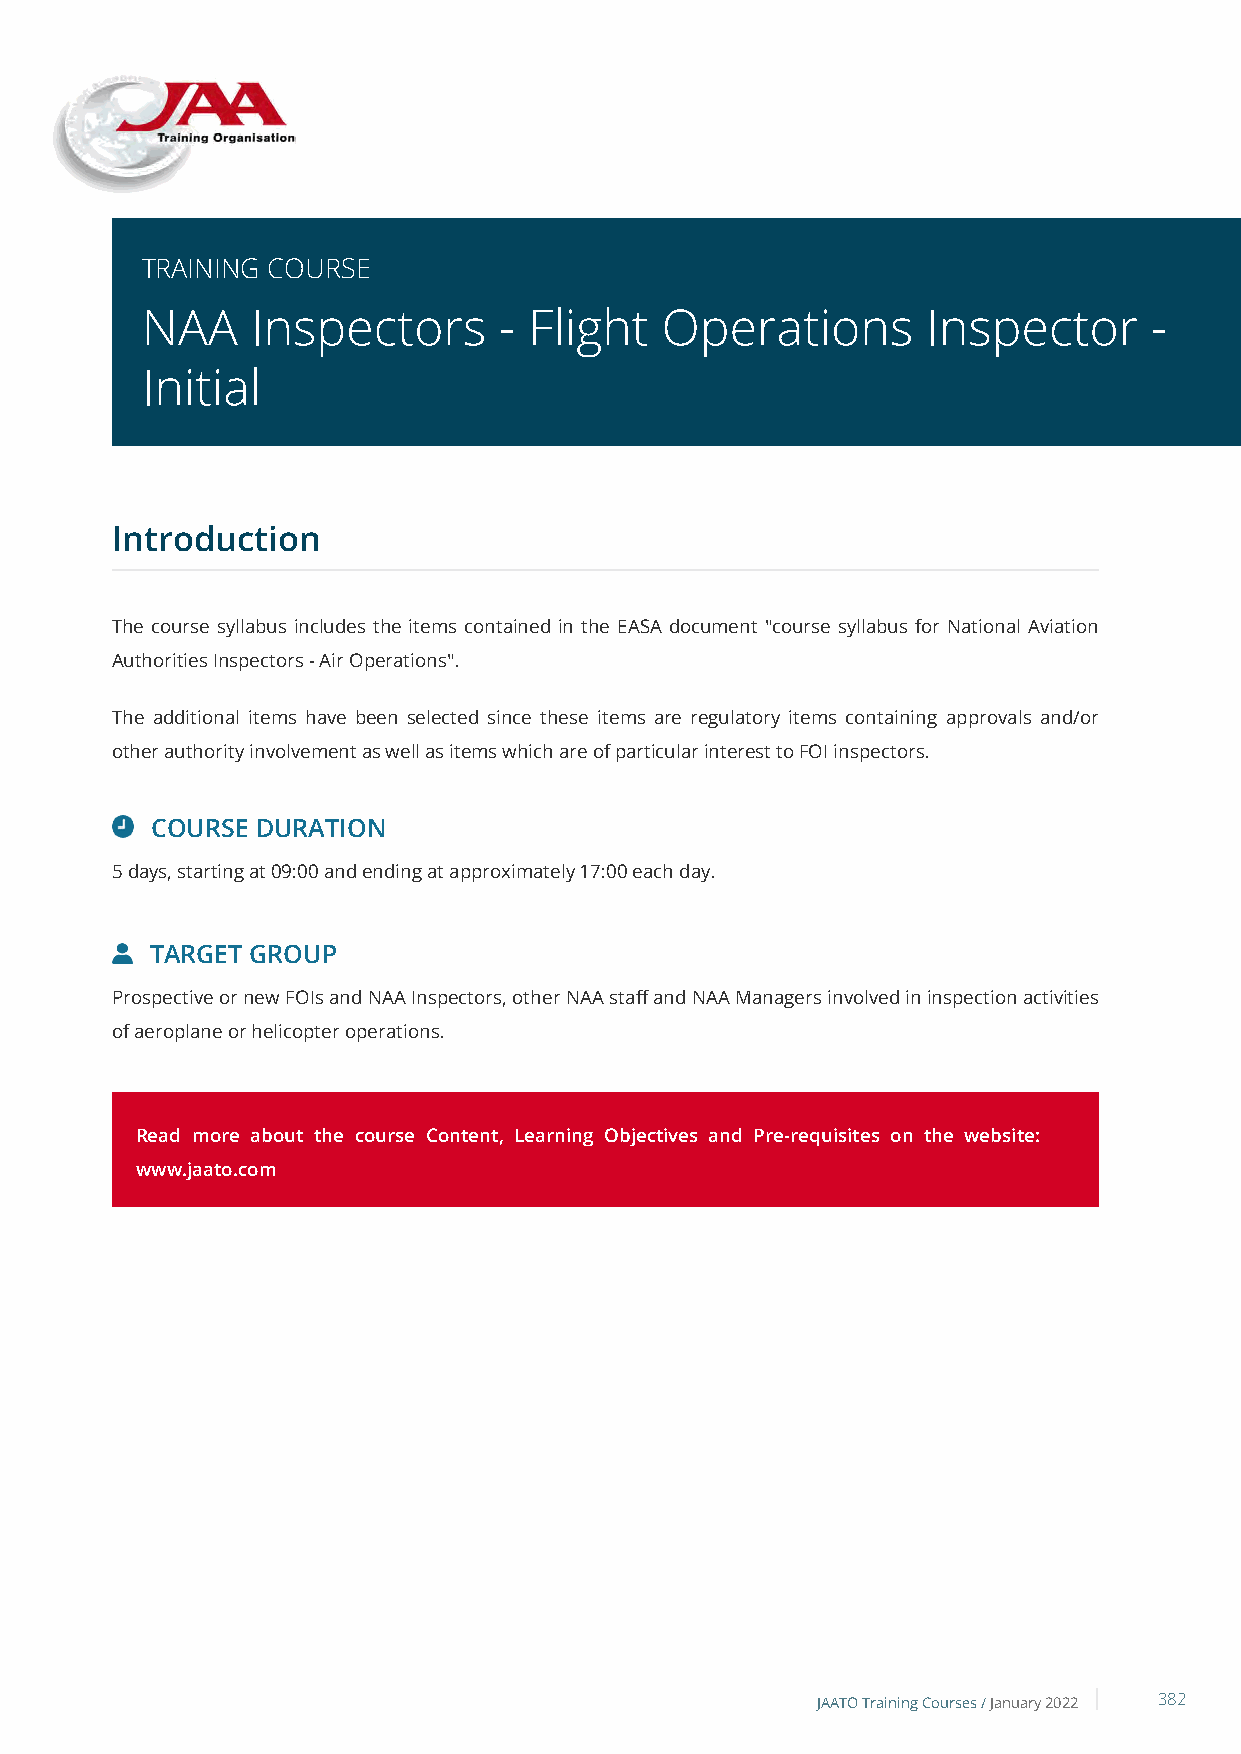
TRAINING COURSE
 NAA     Inspectors      - Flight   Operations       Inspector      -
 Initial
 Introduction
 The course syllabus includes the items contained in the EASA document "course syllabus for National Aviation
 Authorities Inspectors - Air Operations".
 The additional items have been selected since these items are regulatory items containing approvals and/or
 other authority involvement as well as items which are of particular interest to FOI inspectors.
 COURSE DURATION
 5 days, starting at 09:00 and ending at approximately 17:00 each day.
 TARGET GROUP
 Prospective or new FOIs and NAA Inspectors, other NAA staff and NAA Managers involved in inspection activities
 of aeroplane or helicopter operations.
 Read more about the course Content, Learning Objectives and Pre-requisites on the website:
 www.jaato.com
 JAATO Training Courses /January 2022 382